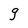
Character: g